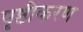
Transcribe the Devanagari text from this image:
पृष्ठीकरण